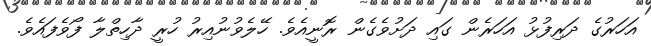
އަހަރުގެ ދަރިފުޅު އަހަރެން ގައި ދަށުވެގެން ރޮނީއެވެ. ހޭލެވުނުއިރު ހުރީ ދާހިތްލާ ފޯވެފައެވެ.